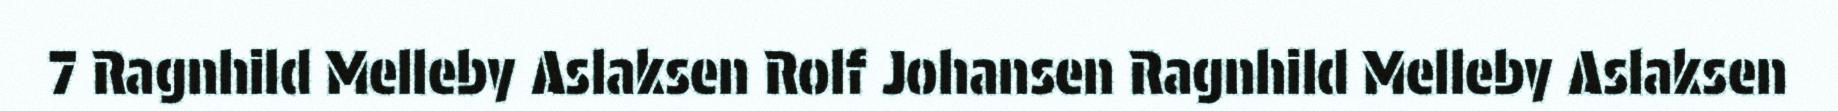
7 Ragnhild Melleby Aslaksen Rolf Johansen Ragnhild Melleby Aslaksen